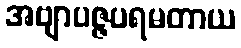
အဗျာပဇ္ဇပရမတာယ